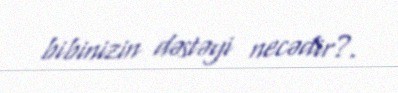
bibinizin dəstəyi necədir?.